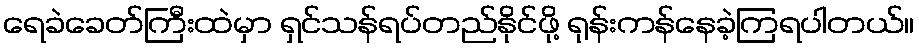
ရေခဲခေတ်ကြီးထဲမှာ ရှင်သန်ရပ်တည်နိုင်ဖို့ ရုန်းကန်နေခဲ့ကြရပါတယ်။